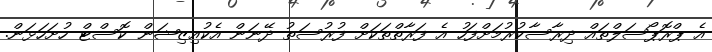
އެ ޕްރޮޕޯސަލްތައް ދިރާސާކުރުމަށްފަހު އެ ފަރާތްތަކަށް ފުރުސަތު ދޭނަން އެކުއިޒިޝަން ކޮސްޓް ހުށަހަޅަން.